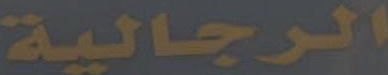
الرجالية